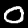
Digit: 0